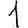
Digit: 1